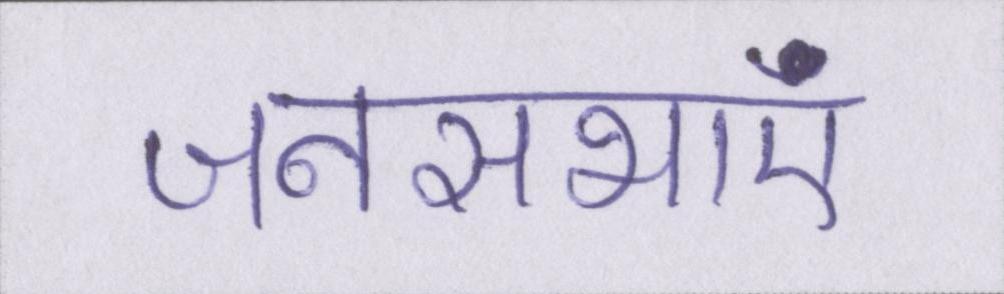
जनसभाएं